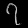
Digit: ၇